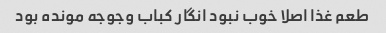
طعم غذا اصلا خوب نبود انگار کباب وجوجه مونده بود